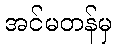
အင်မတန်မှ